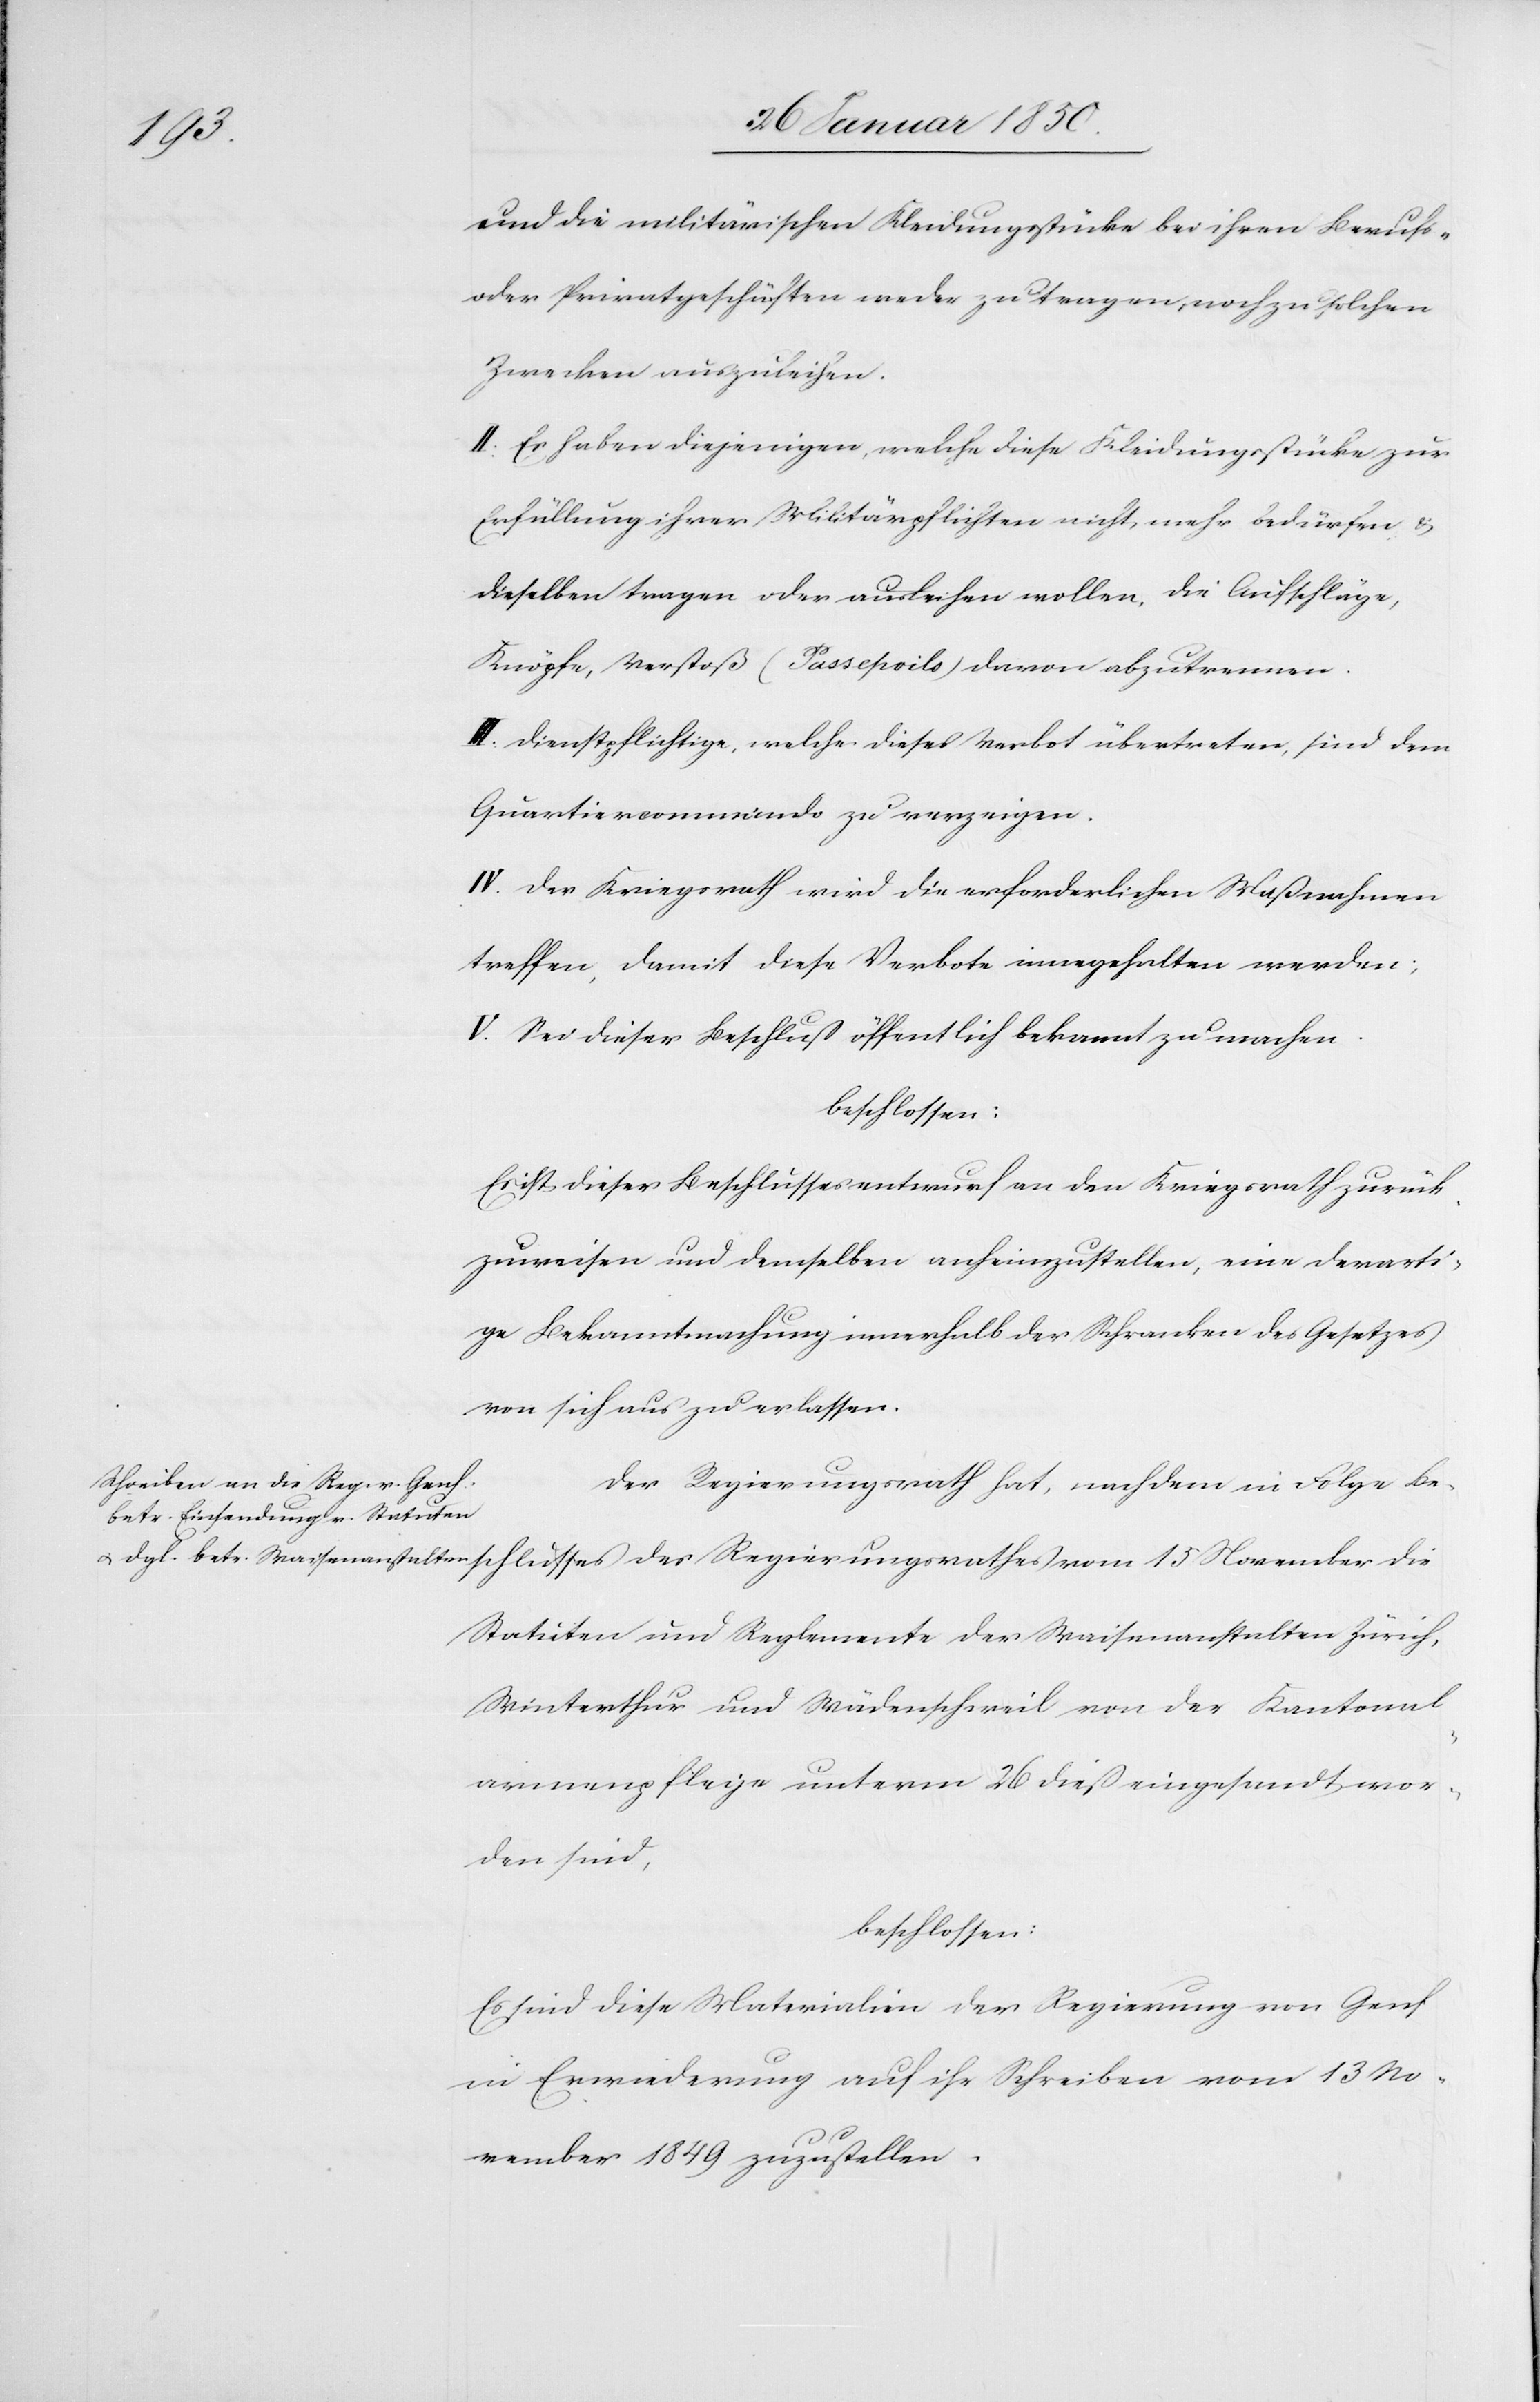
die
und die militärischen Kleidungsstücke bei ihren Berufs-
oder Privatgeschäften weder zu tragen, noch zu solchen
Zwecken auszuleihen.
II. Es haben diejenigen, welche diese Kleidungsstücke zur
Erfüllung ihrer Militärpflichten nicht mehr bedürfen u.
dieselben tragen oder ausleihen wollen, die Aufschläge,
Knöpfe, Verstoß (Passepoils) davon abzutrennen.
III. Dienstpflichtige, welche dieses Verbot übertreten, sind dem
Quartiercommando zu verzeigen.
IV. Der Kriegsrath wird die erforderlichen Maßnahmen
treffen, damit diese Verbote innegehalten werden;
V. Sei dieser Beschluss öffentlich bekannt zu machen.
beschlossen:
Es ist dieser Beschlussesentwurf an den Kriegsrath zurück¬
zuweisen und demselben anheimzustellen, eine derarti¬
ge Bekanntmachung innerhalb der Schranken des Gesetzes
von sich aus zu erlassen.
Der Regierungsrath hat, nachdem in Folge Bes¬
Statuten und Reglemente der Waisenanstalten Zürich,
Winterthur und Wädenschweil von der Kantonal¬
armenpflege unterm 26 dieß eingesandt wor¬
den sind,
beschlossen:
Es sind diese Materialien der Regierung von Genf
in Erwiederung auf ihr Schreiben vom 13 No¬
vember 1849 zuzustellen.